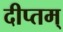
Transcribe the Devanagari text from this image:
दीप्तम्